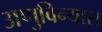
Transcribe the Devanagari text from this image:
अणुविन्यास